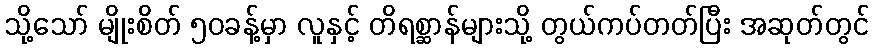
သို့သော် မျိုးစိတ် ၅၀ခန့်မှာ လူနှင့် တိရစ္ဆာန်များသို့ တွယ်ကပ်တတ်ပြီး အဆုတ်တွင်